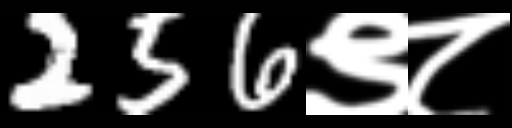
Text: 256९८